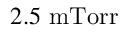
2 . 5 ~ \mathrm { m T o r r }